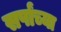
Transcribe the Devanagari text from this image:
सर्पांच्या